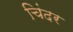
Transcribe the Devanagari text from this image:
चिंदर